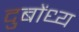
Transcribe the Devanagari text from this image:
दुबोंध्य